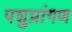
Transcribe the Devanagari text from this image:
पशुप्रांगण